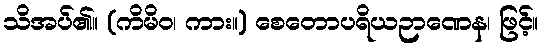
သိအပ်၏။ (ကိမိဝ၊ ကား။) စေတောပရိယဉာဏေန၊ ဖြင့်။